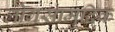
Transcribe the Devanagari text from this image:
लोगसामुदिक